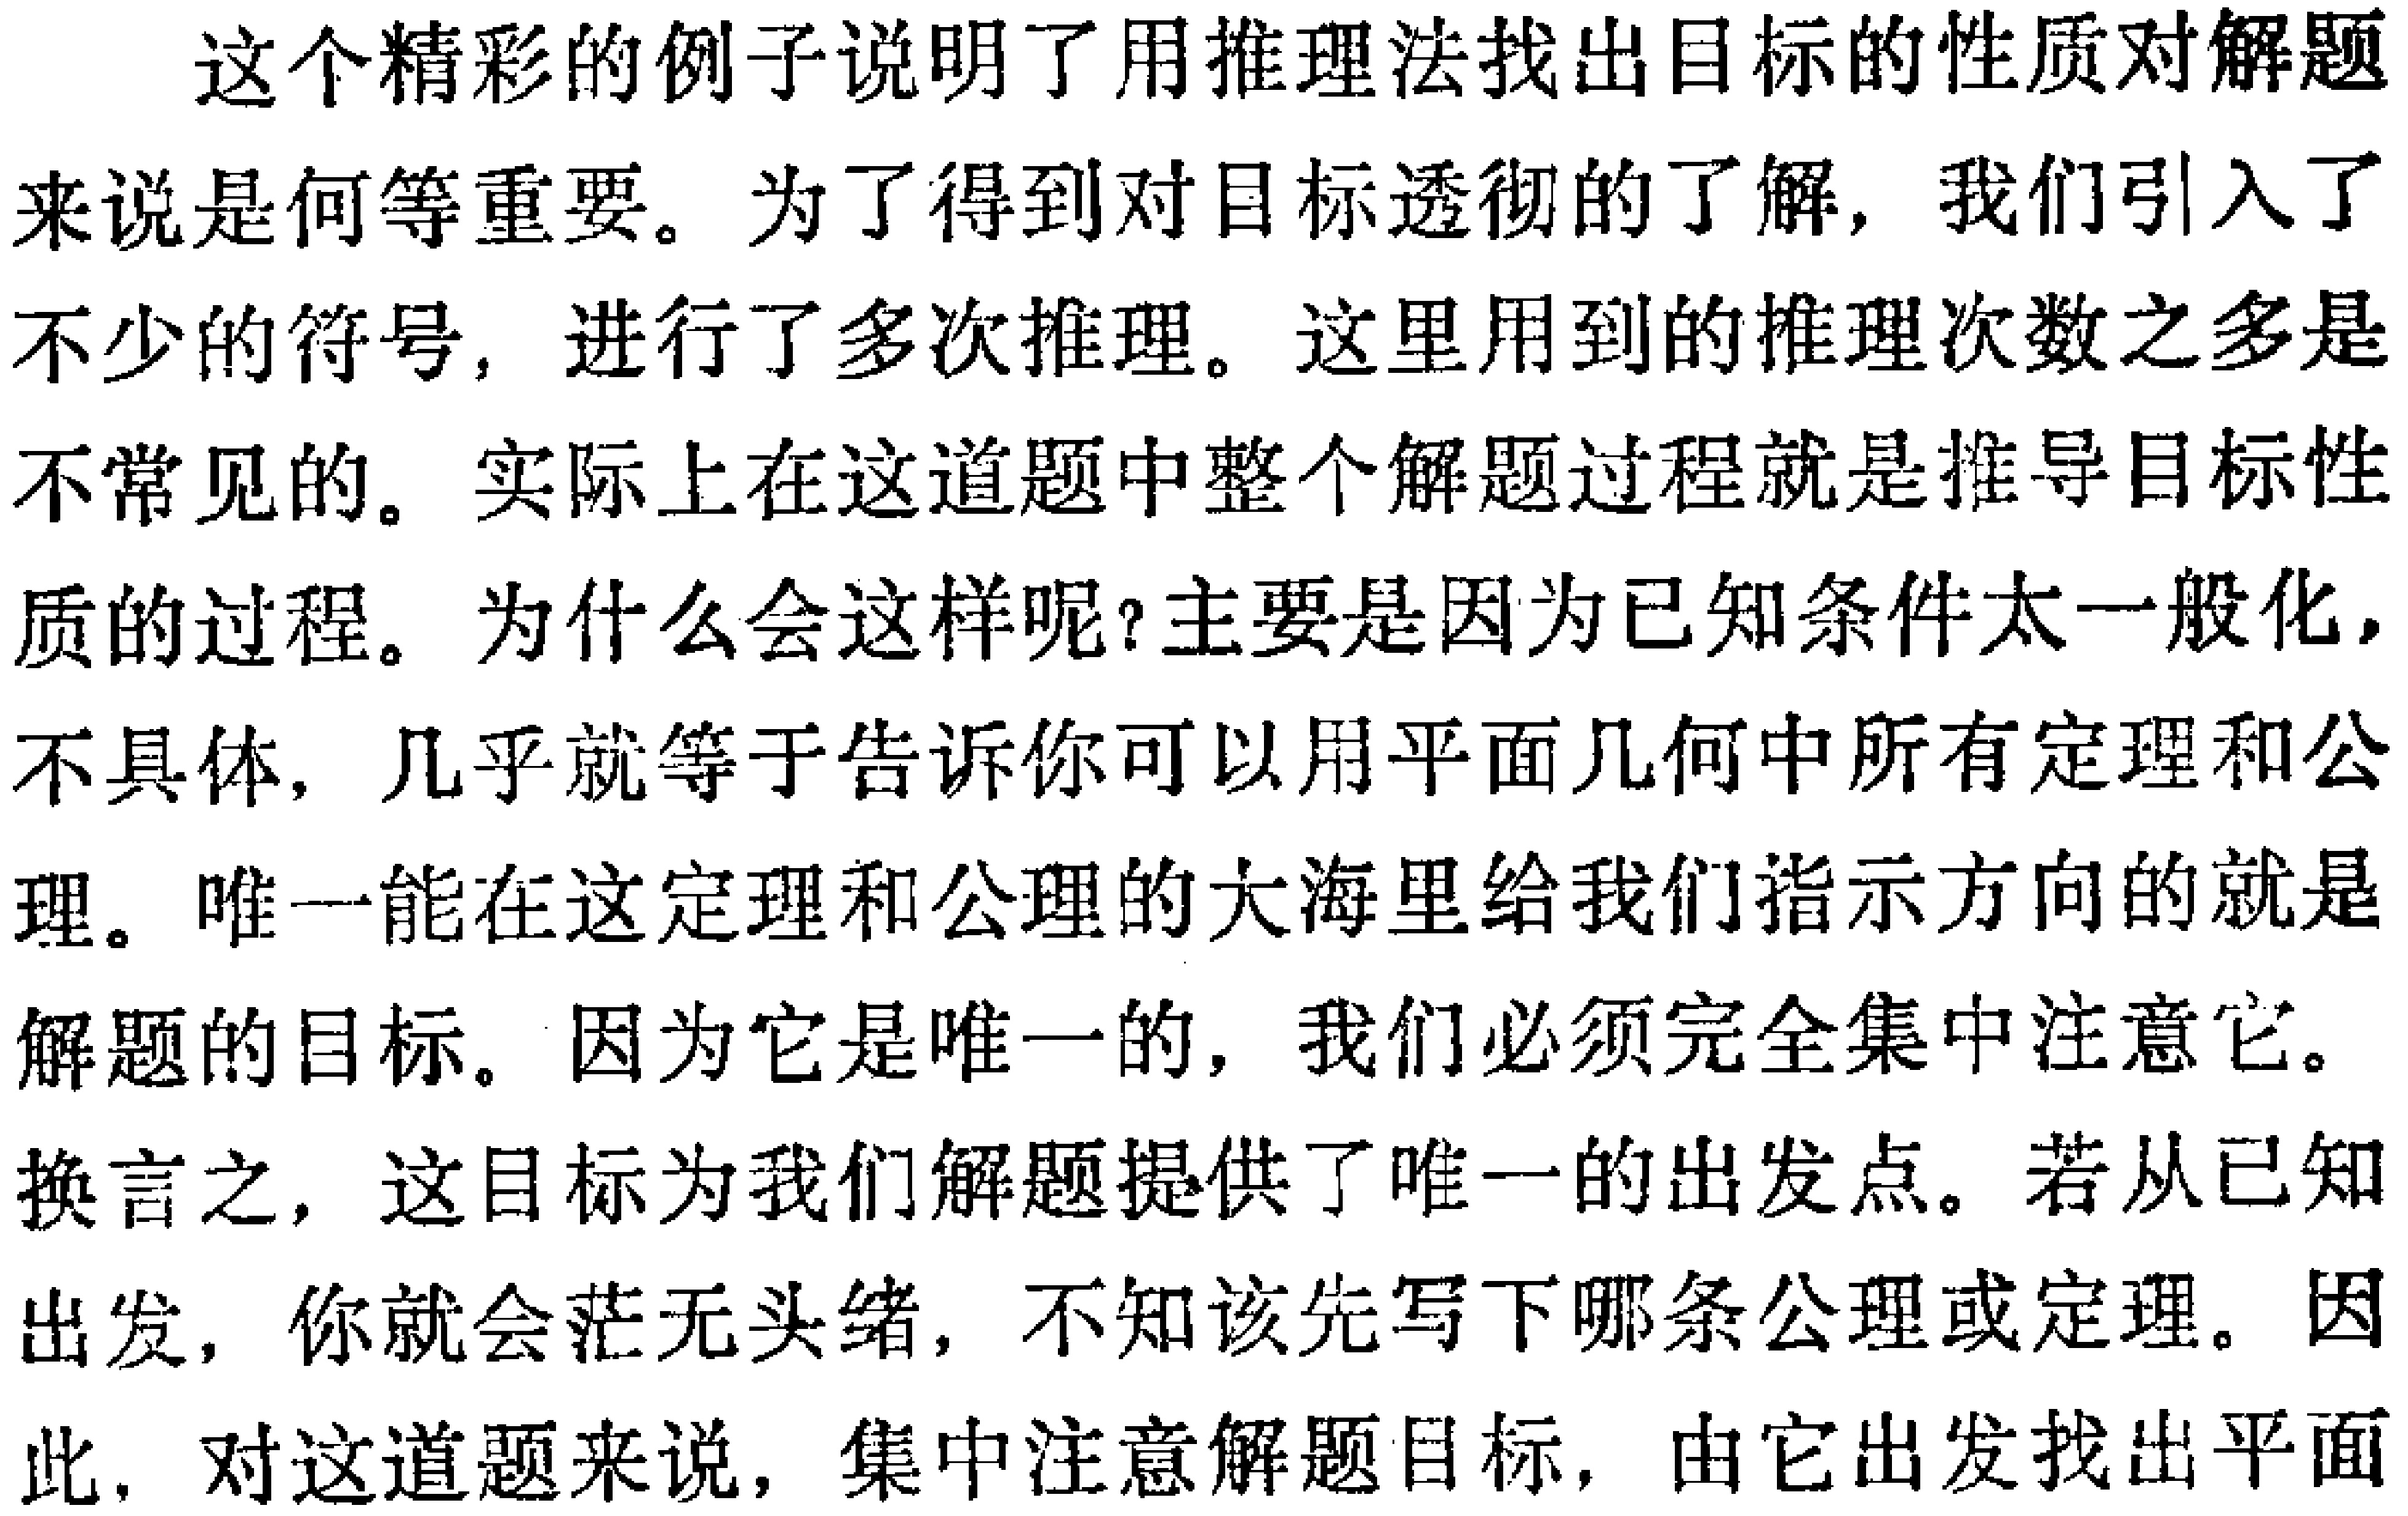
这个精彩的例子说明了用推理法找出目标的性质对解题

来说是何等重要。为了得到对目标透彻的了解，我们引入了

不少的符号，进行了多次推理。这里用到的推理次数之多是

不常见的。实际上在这道题中整个解题过程就是推导目标性

质的过程。为什么会这样呢？主要是因为已知条件太一般化，

不具体，几乎就等于告诉你可以用平面几何中所有定理和公

理。唯一能在这定理和公理的大海里给我们指示方向的就是

解题的目标。因为它是唯一的，我们必须完全集中注意它。

换言之，这目标为我们解题提供了唯一的出发点。若从已知

出发，你就会茫无头绪，不知该先写下哪条公理或定理。因

此，对这道题来说，集中注意解题目标，由它出发找出平面